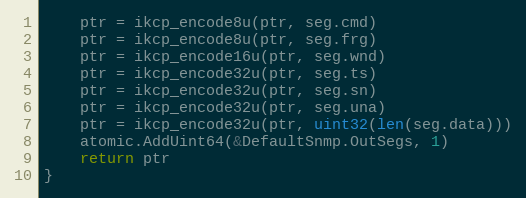
Language: Go
	ptr = ikcp_encode8u(ptr, seg.cmd)
	ptr = ikcp_encode8u(ptr, seg.frg)
	ptr = ikcp_encode16u(ptr, seg.wnd)
	ptr = ikcp_encode32u(ptr, seg.ts)
	ptr = ikcp_encode32u(ptr, seg.sn)
	ptr = ikcp_encode32u(ptr, seg.una)
	ptr = ikcp_encode32u(ptr, uint32(len(seg.data)))
	atomic.AddUint64(&DefaultSnmp.OutSegs, 1)
	return ptr
}